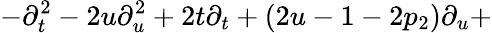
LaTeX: -\partial_{t}^{2}-2u\partial_{u}^{2}+2t\partial_{t}+(2u-1-2p_{2})\partial_{u}+